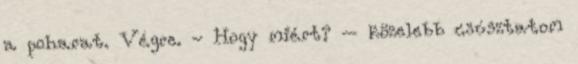
a poharat. Végre. - Hogy miért? – közelebb csúsztatom